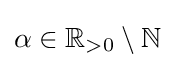
{\textstyle \alpha \in \mathbb {R} _{>0}\setminus \mathbb {N} }